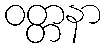
ဝတ္တနာ